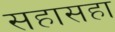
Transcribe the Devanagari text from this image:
सहासहा